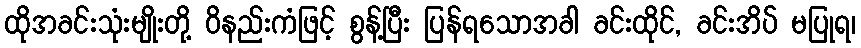
ထိုအခင်းသုံးမျိုးတို့ ဝိနည်းကံဖြင့် စွန့်ပြီး ပြန်ရသောအခါ ခင်းထိုင်, ခင်းအိပ် မပြုရ၊